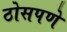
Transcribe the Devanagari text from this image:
ठोसपणे